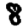
Digit: 8